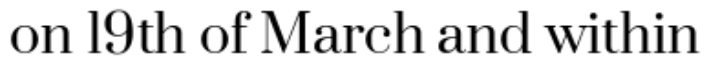
on 19th of March and within